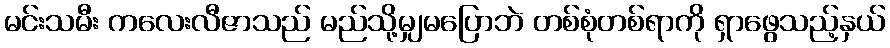
မင်းသမီး ကလေးလီဇာသည် မည်သို့မျှမပြောဘဲ တစ်စုံတစ်ရာကို ရှာဖွေသည့်နှယ်